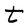
Character: t